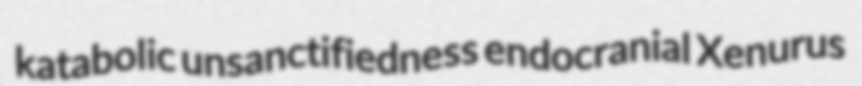
katabolic unsanctifiedness endocranial Xenurus